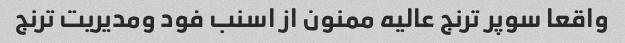
واقعا سوپر ترنج عالیه ممنون از اسنب فود ومدیریت ترنج